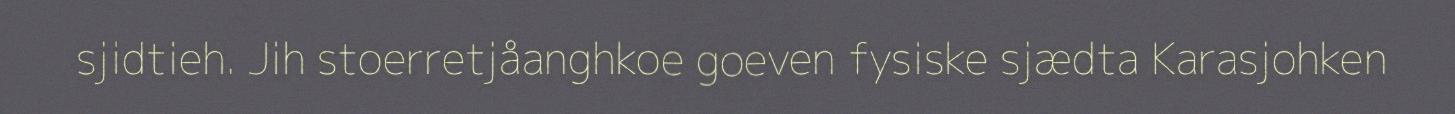
sjidtieh. Jih stoerretjåanghkoe goeven fysiske sjædta Karasjohken